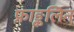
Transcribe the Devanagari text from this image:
फ्राङ्कलिन